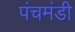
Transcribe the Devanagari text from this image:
पंचमंडी